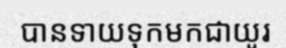
បានទាយទុកមកជាយូរ